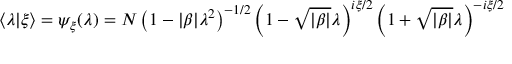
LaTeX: \langle \lambda \vert \xi \rangle = \psi _ { \xi } ( \lambda ) = N \left( 1 - \vert \beta \vert \lambda ^ { 2 } \right) ^ { - 1 / 2 } \left( 1 - \sqrt { \vert \beta \vert } \lambda \right) ^ { i \xi / 2 } \left( 1 + \sqrt { \vert \beta \vert } \lambda \right) ^ { - i \xi / 2 }